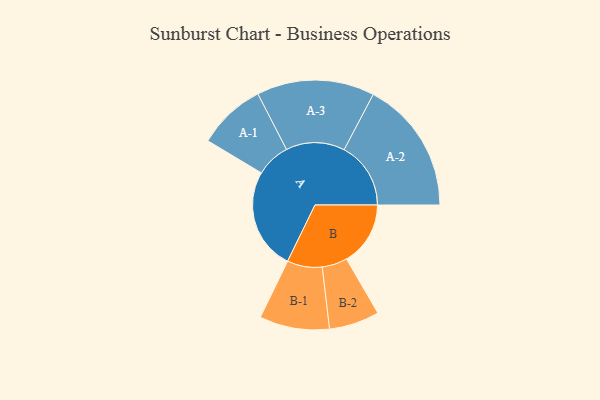
{"axis": {"x": "Segment", "y": "Value"}, "legend": ["", "A", "B"], "data": [{"x": "A", "y": 456, "type": ""}, {"x": "B", "y": 287, "type": ""}, {"x": "A-1", "y": 153, "type": "A"}, {"x": "A-2", "y": 299, "type": "A"}, {"x": "A-3", "y": 264, "type": "A"}, {"x": "B-1", "y": 157, "type": "B"}, {"x": "B-2", "y": 113, "type": "B"}]}